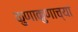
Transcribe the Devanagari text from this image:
कुणाकुणाच्या